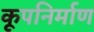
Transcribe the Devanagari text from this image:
कूपनिर्माण